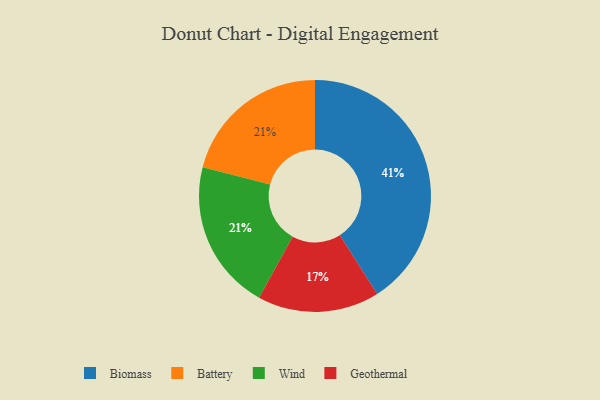
{"axis": {"x": "Category", "y": "Percentage"}, "legend": ["Battery", "Biomass", "Geothermal", "Wind"], "data": [{"x": "Geothermal", "y": 17, "type": "Geothermal"}, {"x": "Biomass", "y": 41, "type": "Biomass"}, {"x": "Battery", "y": 21, "type": "Battery"}, {"x": "Wind", "y": 21, "type": "Wind"}]}